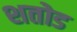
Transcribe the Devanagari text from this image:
शतोड